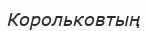
Корольковтың